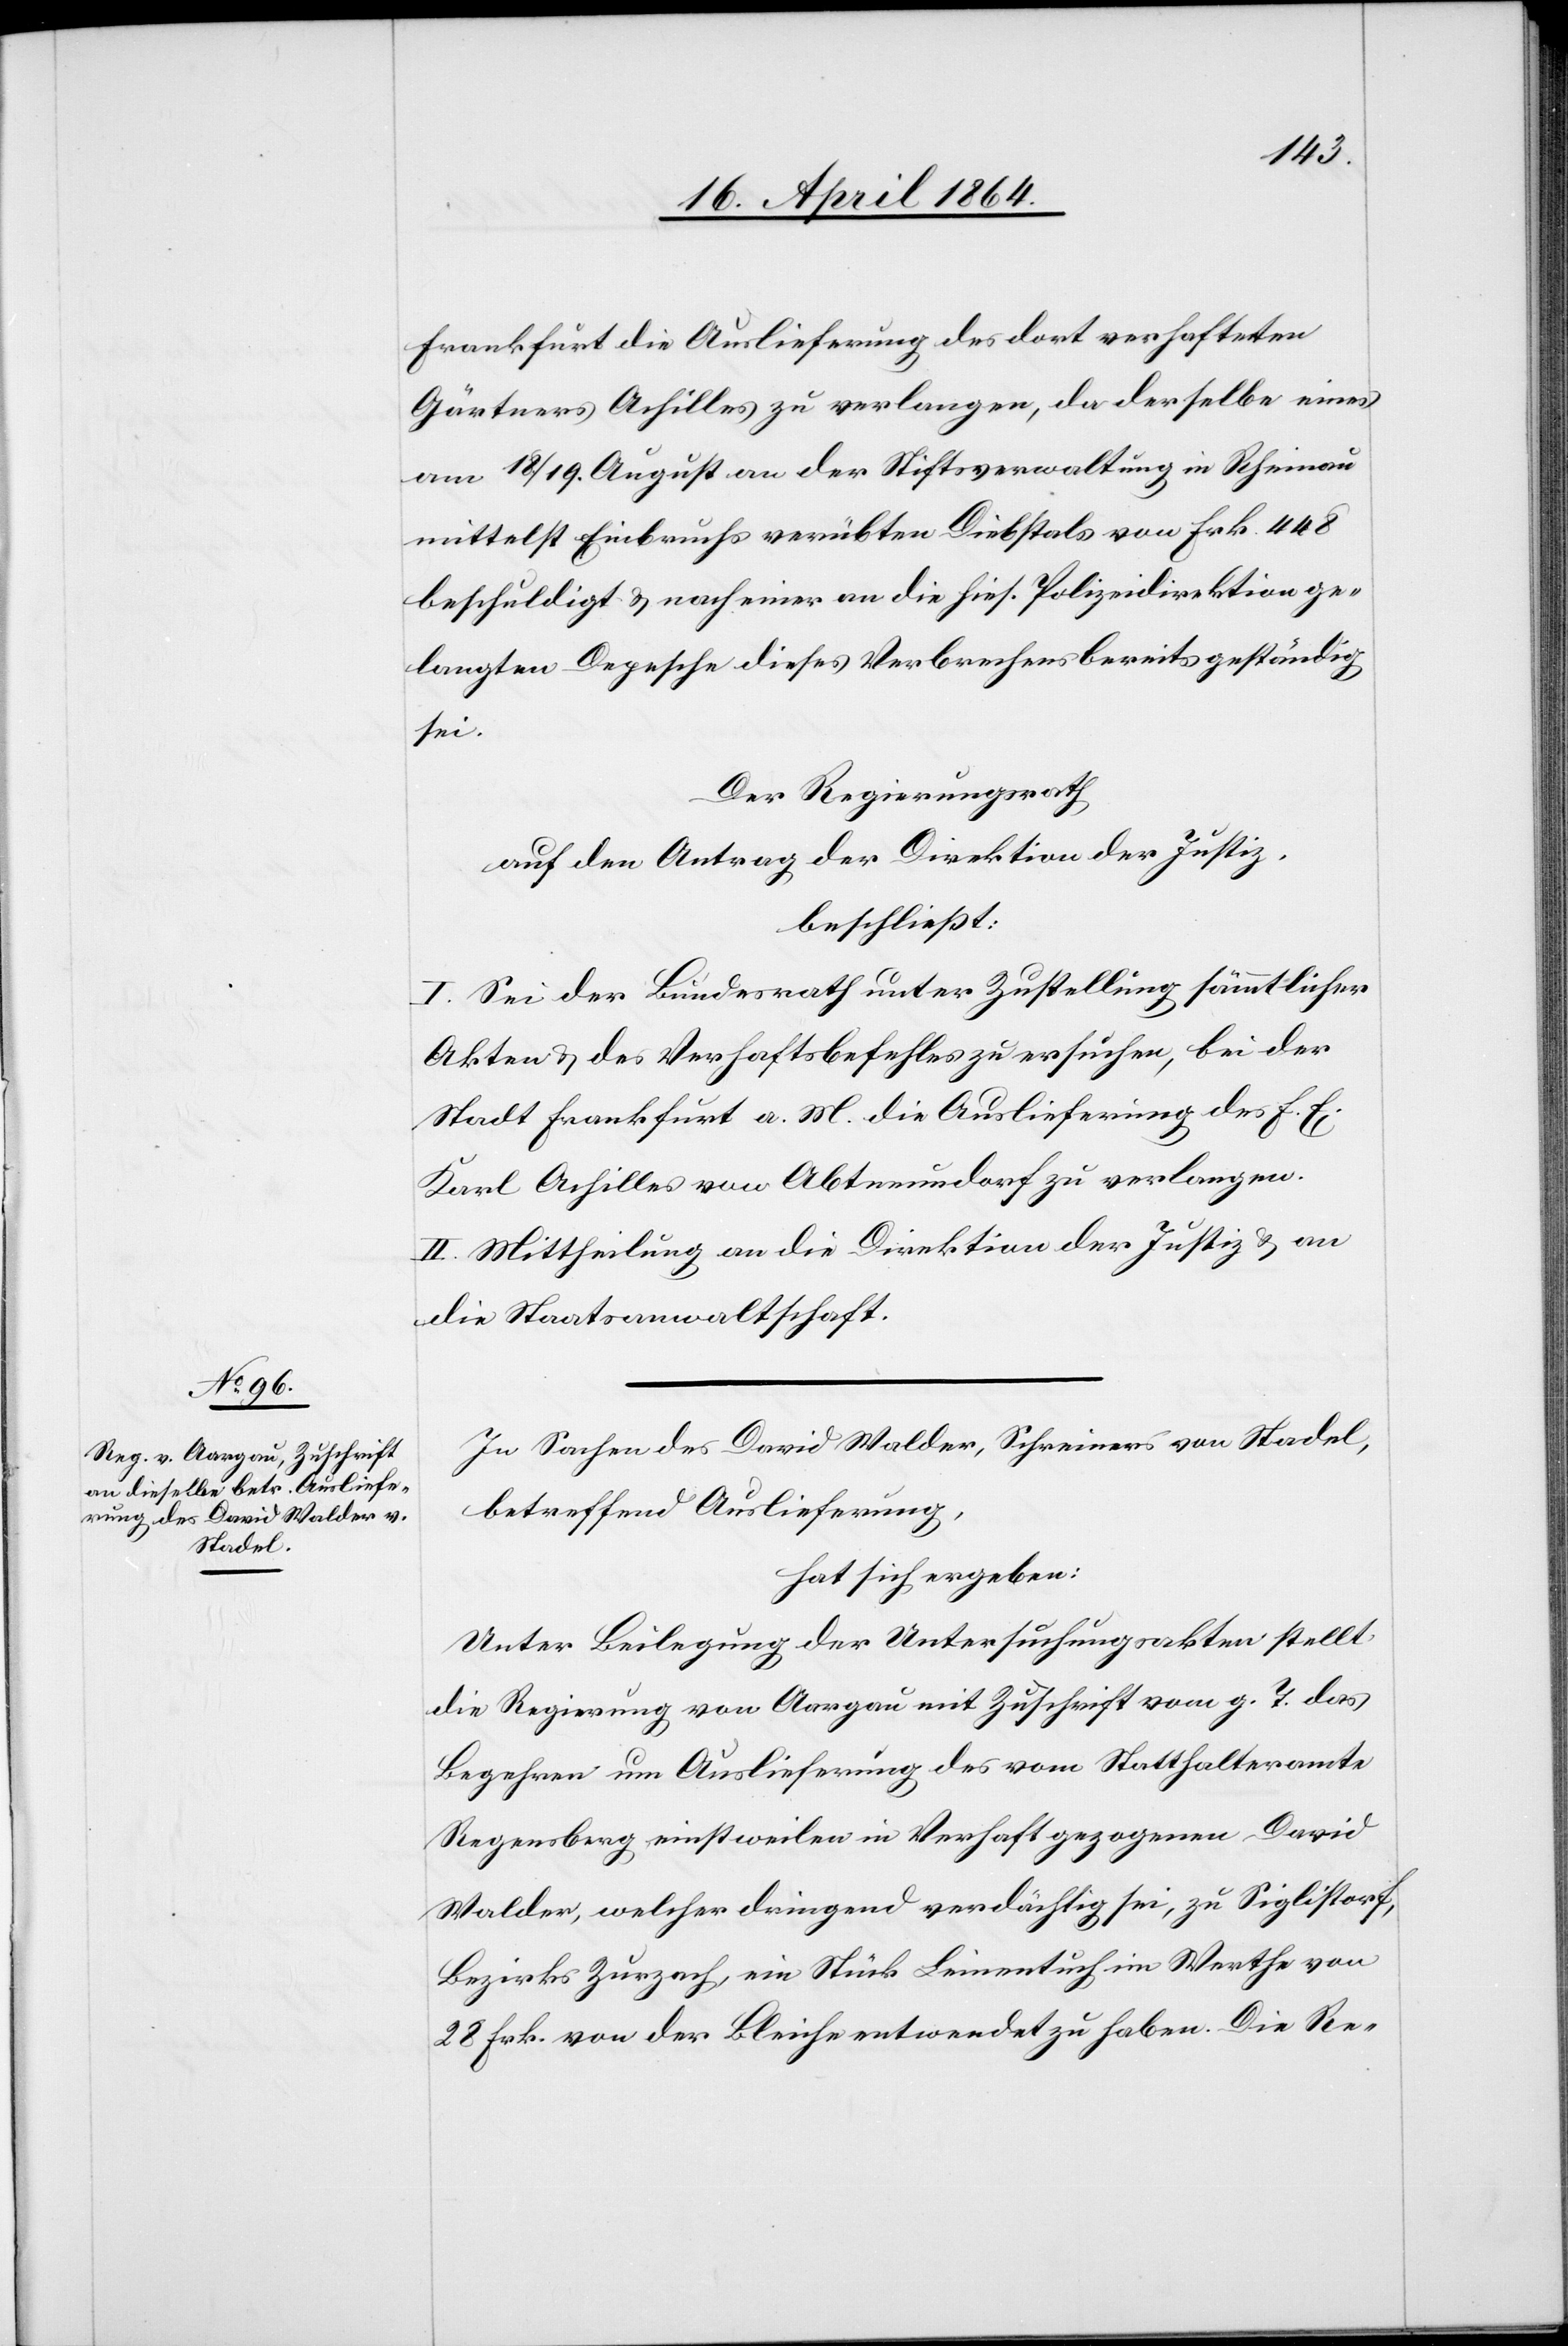
Frankfurt die Auslieferung des dort verhafteten
Gärtners Achilles zu verlangen, da derselbe eines
am 18./19. August an der Stiftsverwaltung in Rheinau
mittelst Einbruchs verübten Diebstals von Frk. 448
beschuldigt u. nach einer an die hies. Polizeidirektion ge¬
langten Depesche dieses Verbrechens bereits geständig
sei.
Der Regierungsrath
auf den Antrag der Direktion der Justiz,
beschließt:
I. Sei der Bundesrath unter Zustellung sämmtlicher
Akten u. des Verhaftsbefehles zu ersuchen, bei der
Stadt Frankfurt a. M. die Auslieferung des F. E.
Karl Achilles von Abtneundorf zu verlangen.
II. Mittheilung an die Direktion der Justiz u. an
die Staatsanwaltschaft.
In Sachen des David Walder, Schreiners von Stadel,
betreffend Auslieferung,
hat sich ergeben:
Unter Beilegung der Untersuchungsakten stellt
die Regierung von Aargau mit Zuschrift vom g. T. das
Begehren um Auslieferung des vom Statthalteramte
Regensberg einstweilen in Verhaft gezogenen David
Walder, welcher dringend verdächtig sei, zu Siglistorf,
Bezirks Zurzach, ein Stück Leinentuch im Werthe von
28 Frk. von der Bleiche entwendet zu haben. Die Re-